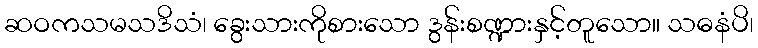
ဆဝကသမသဒိသံ၊ ခွေးသားကိုစားသော ဒွန်းစဏ္ဍားနှင့်တူသော။ သဓနံပိ၊